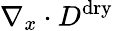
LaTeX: \nabla_{x}\cdot D^{\mathrm{dry}}